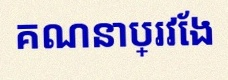
គណនាប្រវែង